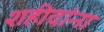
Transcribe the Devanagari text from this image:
शहीदांना